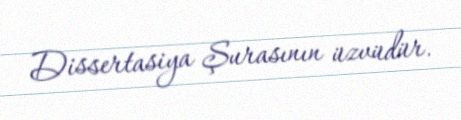
Dissertasiya Şurasının üzvüdür.